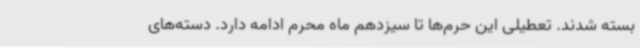
بسته شدند. تعطیلی این حرم‌ها تا سیزدهم ماه محرم ادامه دارد. دسته‌های